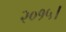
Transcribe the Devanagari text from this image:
२०१५।